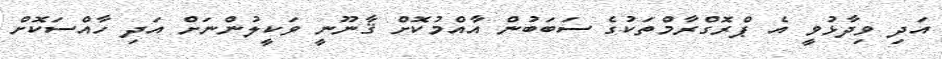
އަދި ވިދާޅުވީ އެ ޕްރޮގްރާމްތަކުގެ ސަބަބުން އާއްމުކޮށް ޤާނޫނީ ވަކީލުންނަށް އަދި ހާއްސަކޮށް